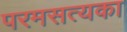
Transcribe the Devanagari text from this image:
परमसत्यका